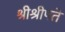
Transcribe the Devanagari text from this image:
श्रीश्रीपते